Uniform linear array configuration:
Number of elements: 64
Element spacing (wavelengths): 0.25
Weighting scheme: hamming
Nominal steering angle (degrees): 0
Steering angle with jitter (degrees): -1.95
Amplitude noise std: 0.05
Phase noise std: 0.05

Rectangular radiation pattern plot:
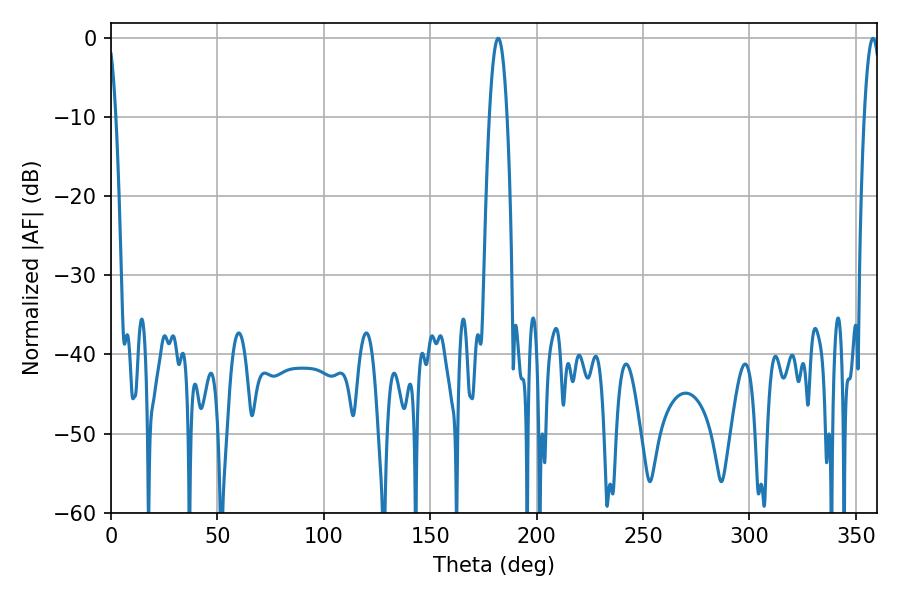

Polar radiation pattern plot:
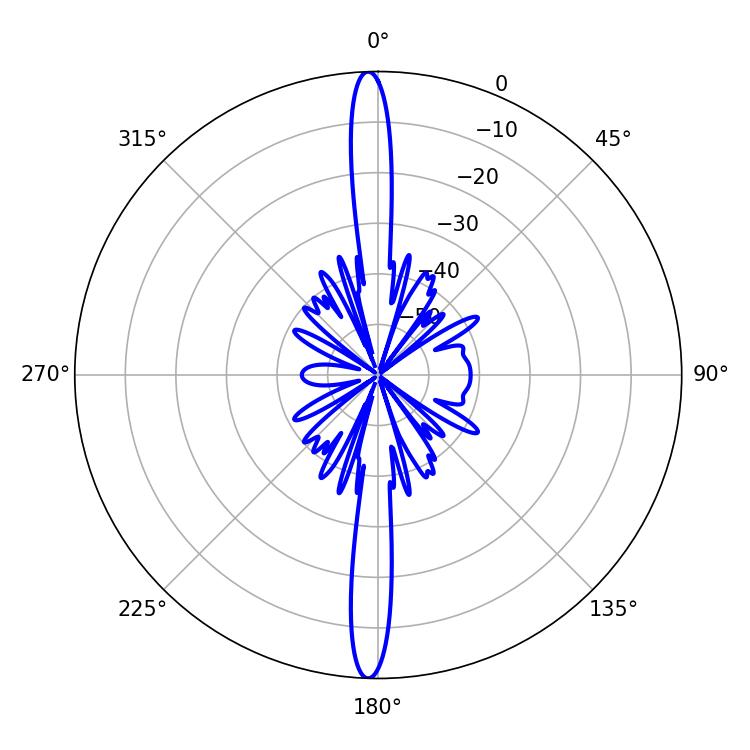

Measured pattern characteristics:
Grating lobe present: FALSE
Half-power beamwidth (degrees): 4.5
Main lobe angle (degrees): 181.98